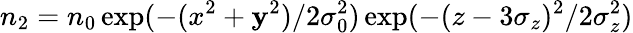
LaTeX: n_{2}=n_{0}\exp(-(x^{2}+\mathbf{y}^{2})/2\sigma_{0}^{2})\exp(-(z-3\sigma_{z})^{2}/2\sigma_{z}^{2})